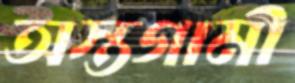
অস্তগামী